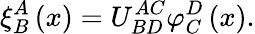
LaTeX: \xi_{B}^{A}\left(x\right)=U_{BD}^{AC}\varphi_{C}^{D}\left(x\right).